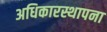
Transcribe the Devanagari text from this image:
अधिकारस्थापना